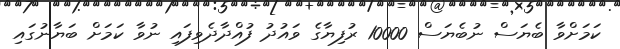
ކަމަށްވާ ބެޔަސް ނުބެޔަސް 10000 ރުފިޔާގެ ވައުދު ފުއްދާދެވިފައި ނުވާ ކަމަށް ބަޔާނުގައި